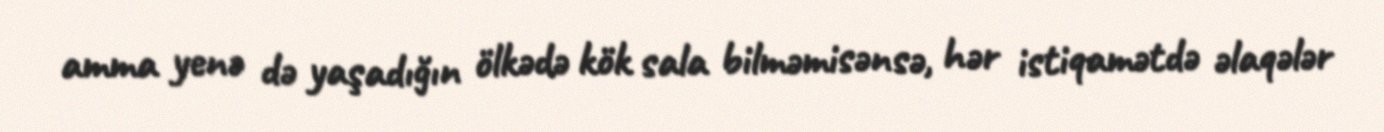
amma yenə də yaşadığın ölkədə kök sala bilməmisənsə, hər istiqamətdə əlaqələr